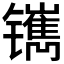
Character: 𰿅